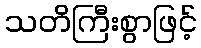
သတိကြီးစွာဖြင့်